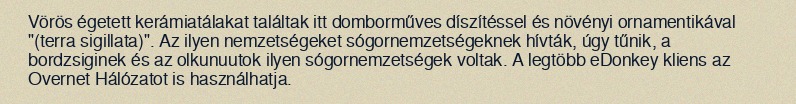
Vörös égetett kerámiatálakat találtak itt domborműves díszítéssel és növényi ornamentikával "(terra sigillata)". Az ilyen nemzetségeket sógornemzetségeknek hívták, úgy tűnik, a bordzsiginek és az olkunuutok ilyen sógornemzetségek voltak. A legtöbb eDonkey kliens az Overnet Hálózatot is használhatja.